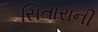
સિતારાની